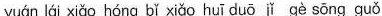
yuán lái xiǎo hóng bǐ xiǎo huī duō jǐ gè sōng guǒ